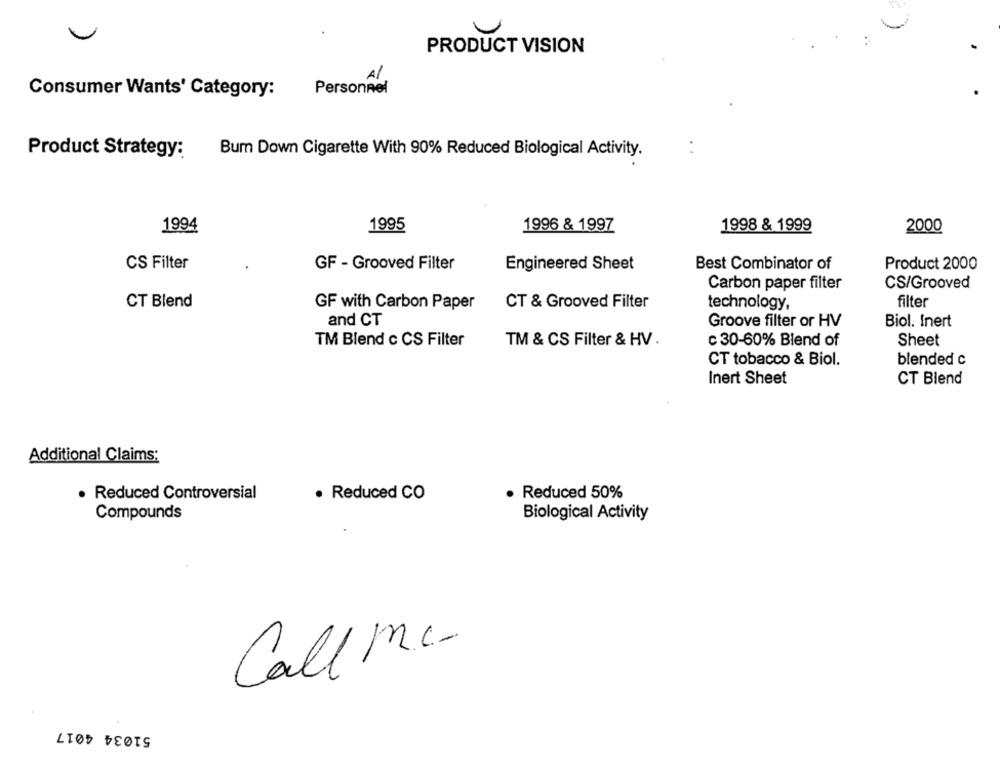
PRODUCT VISION
Al
Personnel
Consumer Wants' Category:
Product Strategy:
Burn Down Cigarette With 90% Reduced Biological Activity.
1994
1995
1996 & 1997
1998 & 1999
2000
CS Filter
GF - Grooved Filter
Engineered Sheet
Best Combinator of
Product 2000
Carbon paper filter
CS/Grooved
CT Blend
GF with Carbon Paper
CT & Grooved Filter
technology,
filter
and CT
Groove filter or HV
Biol. Inert
TM Blend c CS Filter
TM & CS Filter & HV .
c 30-60% Blend of
Sheet
CT tobacco & Biol.
blended c
Inert Sheet
CT Blend
Additional Claims:
· Reduced Controversial
· Reduced CO
Reduced 50%
Compounds
Biological Activity
Call M .-
51034 4017